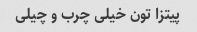
پیتزا تون خیلی چرب و چیلی